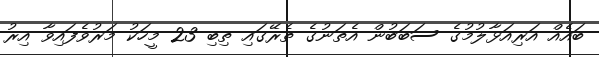
ބައެއް އަރިއަޅާލުމުގެ ސަބަބުން އެތަނުގެ ތެރޭގައި ތިބި 23 މީހަކު މަރުވެފައިވާ އިރު